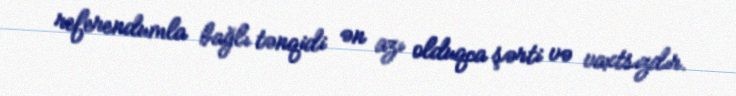
referendumla bağlı tənqidi ən azı olduqca şərti və vaxtsızdır.